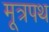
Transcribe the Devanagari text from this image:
मूत्रपथ